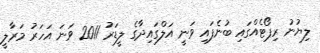
ލިޔުނު ރިޕޯޓެއްގައި ބުނެފައި ވަނީ އަލްގައިދާގެ ލީޑަރު 2011 ވަނަ އަހަރު މަރާލީ